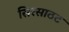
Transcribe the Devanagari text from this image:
सिरसाठट